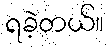
ရခဲ့တယ်။